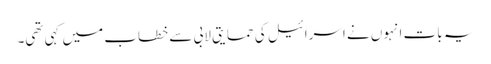
یہ بات انہوں نے اسرائیل کی حمایتی لابی سے خطاب میں کہی تھی۔